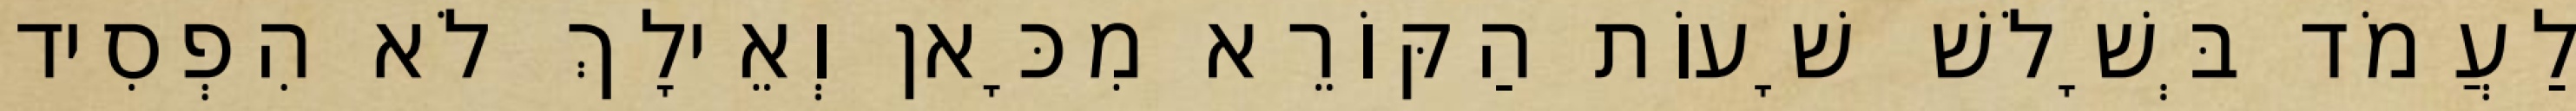
לַעֲמֹד בְּשָׁלֹשׁ שָׁעוֹת הַקּוֹרֵא מִכָּאן וְאֵילָךְ לֹא הִפְסִיד